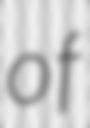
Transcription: of